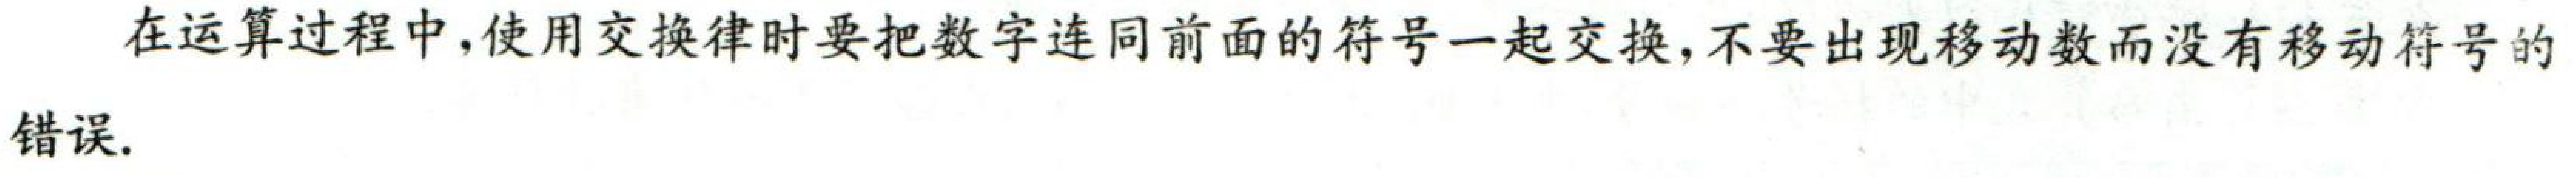
在运算过程中，使用交换律时要把数字连同前面的符号一起交换，不要出现移动数而没有移动符号的
错误.